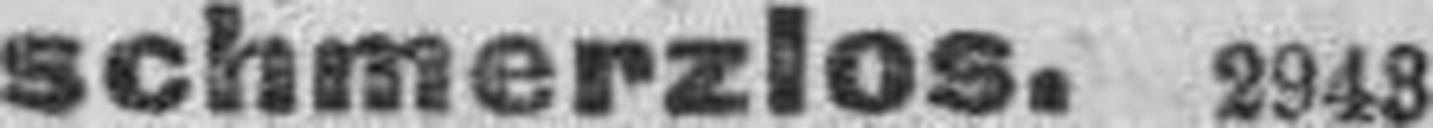
schmerzlos. 2943